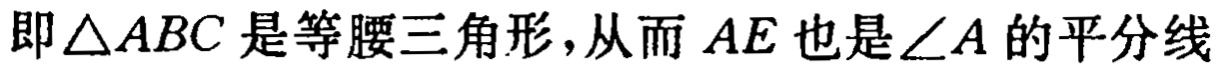
即\(\triangle ABC\)是等腰三角形,从而\(AE\)也是\(\angle A\)的平分线